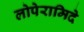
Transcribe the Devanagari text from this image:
लोपेरामिदे